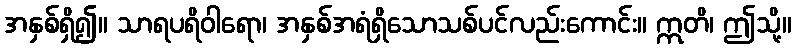
အနှစ်ရှိ၍။ သာရပရိဝါရော၊ အနှစ်အရံရှိသောသစ်ပင်လည်းကောင်း။ ဣတိ၊ ဤသို့။